Vaccination in the Punjab 1883-1896 - 1883-1896
Year: 1883
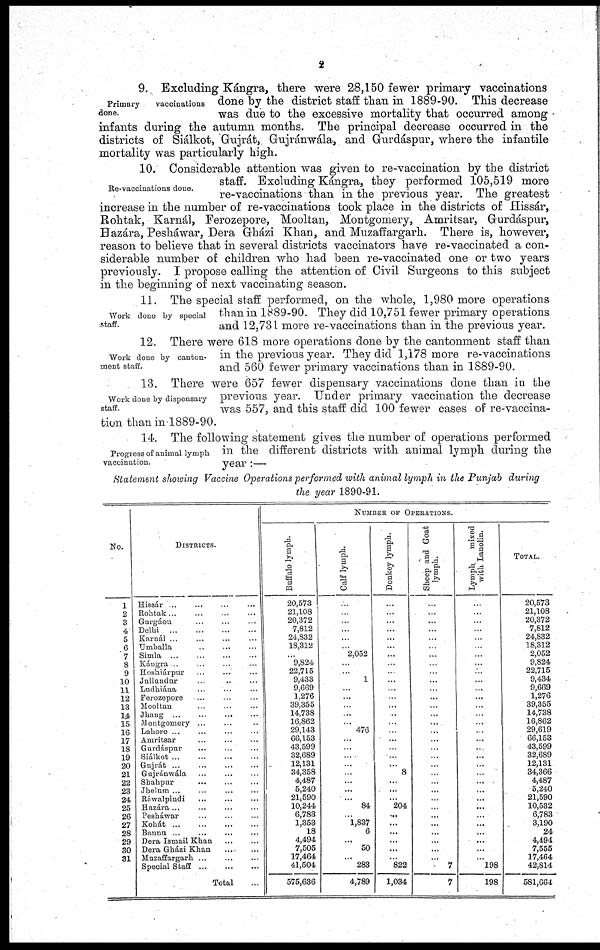
2
Primary
vaccinations
done.
9. Excluding Kángra, there were 28,150 fewer primary vaccinations
done by the district staff than in 1889-90. This decrease
was due to the excessive mortality that occurred among
infants during the autumn months. The principal decrease occurred in the
districts of Siálkot, Gujrát, Gujránwála, and Gurdáspur, where the infantile
mortality was particularly high.
Re-vaccinations done.
10. Considerable attention was given to re-vaccination by the district
staff. Excluding Kángra, they performed 105,519 more
re-vaccinations than in the previous year. The greatest
increase in the number of re-vaccinations took place in the districts of Hissár,
Rohtak, Karnál, Ferozepore, Mooltan, Montgomery, Amritsar, Gurdáspur,
Bazára, Peshawar, Dera Gházi Khan, and Muzaffargarh. There is, however,
reason to believe that in several districts vaccinators have re-vaccinated a con-
siderable number of children who had been re-vaccinated one or two years
previously. I propose calling the attention of Civil Surgeons to this subject
in the beginning of next vaccinating season.
Work done by special
staff.
11. The special staff performed, on the whole, 1,980 more operations
than in 1889-90. They did 10,751 fewer primary operations
and 12,731 more re-vaccinations than in the previous year.
Work done by canton-
ment staff.
12. There were 618 more operations done by the cantonment staff than
in the previous year. They did 1,178 more re-vaccinations
and 560 fewer primary vaccinations than in 1889-90.
Work done by dispensary
staff
13. There were 657 fewer dispensary vaccinations done than in the
previous year. Under primary vaccination the decrease
was 557, and this staff did 100 fewer cases of re-vaccina-
tion than in 1889-90.
Progress of animal lymph
vaccination.
14. The following statement gives the number of operations performed
in the different districts with animal lymph during the
year :—-
Statement showing Vaccine Operations performed with animal lymph in the Punjab during
the year1890-91.
No.
1
2
3
4
5
6
7
8
9
10
11
12
13
14
15
16
17
18
19
20
21
22
23
24
25
26
27
28
29
30
31
DISTRICTS.
Hissár ... ... ... ...
Rohtak ... ... ... ...
Gurgáon ... ... ... ...
Delhi
...
...
...
...
Karnál ... ... ... ...
Umballa ... ... ...
Simla
...
...
...
...
Kángra ... ... ... ...
Hoshiárpur ... ... ...
Jullandur ... ... ...
Ludhiána ... ... ...
Ferozepore ... ... ...
Mooltan. ... ... ...
Jhang ... ... ... ...
Montgomery ... ... ...
Lahore ... ... ... ...
Amritsar ... ... ...
Gurdáspur ... ... ...
Siálkot ... ... ... ...
Gujrát ... ... ... ...
Gujránwála ... ... ...
Shahpur ... ... ...
Jhelnm ... ... ... ...
Ráwalpindi ... ... ...
Hazára ... ... ... ...
Pesháwar ... ... ...
Kohát ... ... ... ...
Banna ... ... ... ...
Dera Ismail Khan ... ...
Dera Gházi Khan ... ...
Muzaffargarh ... ... ...
Special Staff ... ... ...
Total ...
NUMBER OF OPERATIONS.
Buffalo lymph.
20,573
21,108
20,372
7,812
24,832
18,312
...
9,824
22,715
9,433
9,669
1,276
39,355
14,738
16,862
29,143
66,153
43,599
32,689
12,131
34,358
4,487
5,240
21,590
10,244
6,783
1,353
18
4,494
7,505
17,464
41,504
575,636
Calf lymph.
...
...
...
...
...
...
2,052
...
...
1
...
...
...
..
...
476
...
...
...
...
...
...
...
...
84
...
1,837
6
...
50
...
283
4,789
Donkey lymph.
...
...
...
...
...
...
...
...
...
...
...
...
...
..
...
...
...
...
...
...
8
...
...
...
204
...
...
...
...
...
...
822
1,034
Sheep and Goat
lymph.
...
...
...
...
...
...
...
...
...
...
...
...
...
...
...
...
...
...
...
...
...
...
...
...
...
...
...
...
...
...
...
7
7
Lymph
mixed
with Lanolin.
...
...
...
...
...
...
...
...
...
...
...
...
...
...
...
...
...
...
...
...
...
...
...
...
...
...
...
...
...
...
...
198
198
TOTAL.
20,573
21,108
20,372
7,812
24,832
18,312
2,052
9,824
22,715
9,434
9,669
1,276
39,355
14,738
16,862
29,619
66,153
43,599
32,689
12,131
34,366
4,487
5,240
21,590
10,532
6,783
3,190
24
4,494
7,555
17,464
42,814
581,664